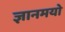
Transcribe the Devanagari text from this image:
ज्ञानमयो